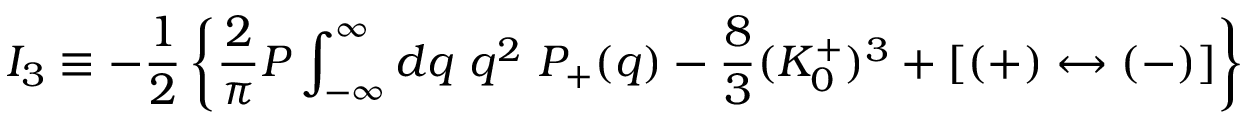
I _ { 3 } \equiv - { \frac { 1 } { 2 } } \left\{ { \frac { 2 } { \pi } } { \cal P } \int _ { - \infty } ^ { \infty } d q \ q ^ { 2 } \ P _ { + } ( q ) - { \frac { 8 } { 3 } } ( K _ { 0 } ^ { + } ) ^ { 3 } + [ ( + ) \leftrightarrow ( - ) ] \right\}